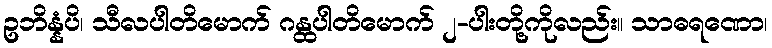
ဥဘိန္နံပိ၊ သီလပါတိမောက် ဂန္ထပါတိမောက် ၂-ပါးတို့ကိုလည်း။ သာဓရဏော၊